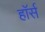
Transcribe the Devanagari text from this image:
हाॅर्स